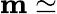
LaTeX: \mathbf{m}\simeq